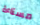
مستاءة